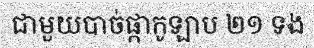
ជាមួយបាច់ផ្កាកូឡាប ២១ ទង